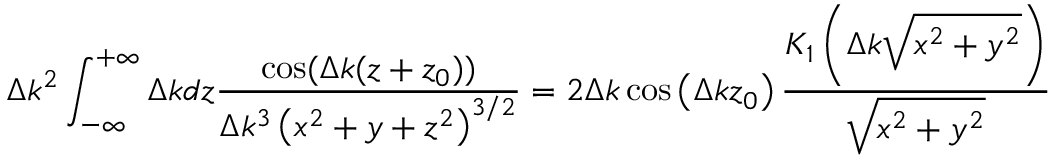
\Delta k ^ { 2 } \int _ { - \infty } ^ { + \infty } \Delta k d z \frac { \cos ( \Delta k ( z + z _ { 0 } ) ) } { \Delta k ^ { 3 } \left( x ^ { 2 } + y + z ^ { 2 } \right) ^ { 3 / 2 } } = 2 \Delta k \cos \left( \Delta k z _ { 0 } \right) \frac { K _ { 1 } \left( \Delta k \sqrt { x ^ { 2 } + y ^ { 2 } } \right) } { \sqrt { x ^ { 2 } + y ^ { 2 } } }